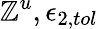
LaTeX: \mathbb{Z}^{u},\epsilon_{2,tol}